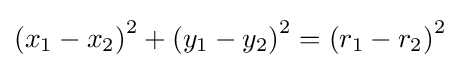
\left(x_{1}-x_{2}\right)^{2}+\left(y_{1}-y_{2}\right)^{2}=\left(r_{1}-r_{2}\right)^{2}